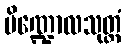
ပိဏ္ဍောလသုတ္တံ